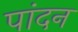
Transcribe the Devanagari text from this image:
पांदन